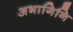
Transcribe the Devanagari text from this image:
अभागिनि